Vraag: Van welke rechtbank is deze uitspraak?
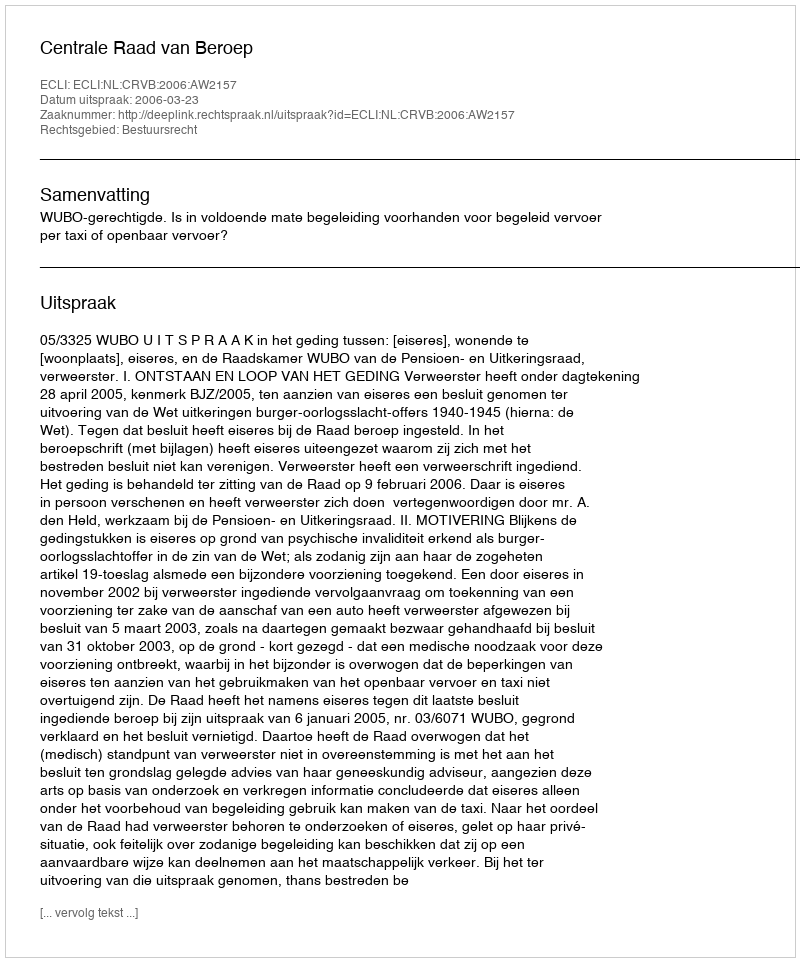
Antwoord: Centrale Raad van Beroep